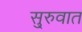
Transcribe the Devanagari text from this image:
सु्रुवात